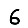
Digit: 6